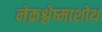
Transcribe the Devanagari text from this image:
नेक्रश्लेष्माशोथ